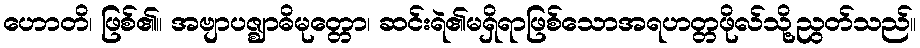
ဟောတိ၊ ဖြစ်၏။ အဗျာပဇ္ဈာဓိမုတ္တော၊ ဆင်းရဲ၏မရှိရာဖြစ်သောအရဟတ္တဖိုလ်သို့ညွတ်သည်။